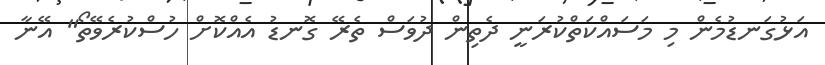
އަޅުގަނޑުމެން މި މަސައްކަތްކުރަނީ ދެތިން ދުވަސް ތެރޭ ގޮނޑު އެއްކޮށް ހުސްކުރެވޭތޯ" އޭނާ